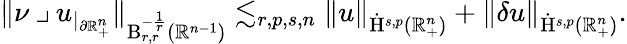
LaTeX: \begin{array}{r}{\lVert\nu\mathbin{\lrcorner}u_{|_{\partial\mathbb{R}_{+}^{n}}}\rVert_{\mathrm{B}_{r,r}^{-\frac{1}{r}}(\mathbb{R}^{n-1})}\lesssim_{r,p,s,n}\lVert u\rVert_{{\dot{\mathrm{H}}}^{s,p}(\mathbb{R}_{+}^{n})}+\lVert\mathbf{\delta}u\rVert_{{\dot{\mathrm{H}}}^{s,p}(\mathbb{R}_{+}^{n})}\mathrm{.}}\end{array}